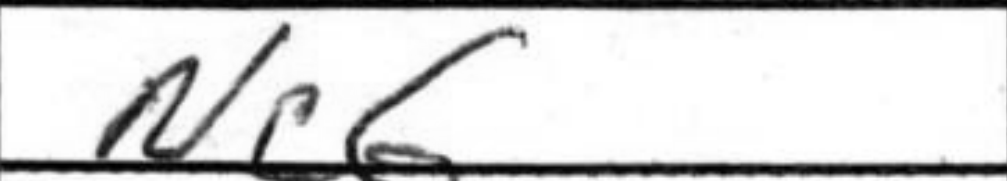
Transcription: Nc6